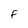
Character: F